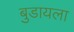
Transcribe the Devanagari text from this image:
बुडायला